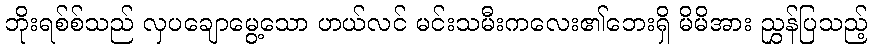
ဘိုးရစ်စ်သည် လှပချောမွေ့သော ဟယ်လင် မင်းသမီးကလေး၏ဘေးရှိ မိမိအား ညွှန်ပြသည့်